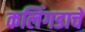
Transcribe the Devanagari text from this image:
कलिंगडाचे